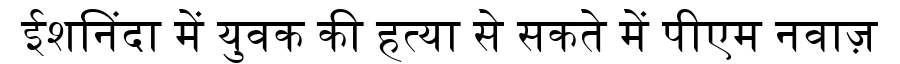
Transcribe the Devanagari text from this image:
ईशनिंदा में युवक की हत्या से सकते में पीएम नवाज़